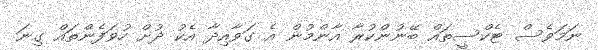
ނަމަވެސް ޓެކްސީތައް ބޭނުންކުރާ އާންމުން އެ ގަވާއިދާ އެކު ދުށް ހުވަފެންތައް ގިނަ